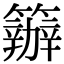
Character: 𥷁